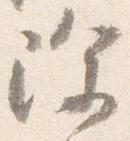
除